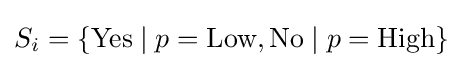
S_{i}=\{{\text{Yes}}\mid p={\text{Low}},{\text{No}}\mid p={\text{High}}\}